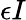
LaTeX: \epsilon I